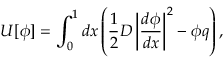
U [ \phi ] = \int _ { 0 } ^ { 1 } d x \left( \frac { 1 } { 2 } D \left| \frac { d \phi } { d x } \right| ^ { 2 } - \phi q \right) ,